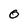
Character: O